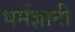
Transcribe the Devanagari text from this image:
धर्मज्ञानी